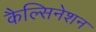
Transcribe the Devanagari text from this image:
कैल्सिनेशन